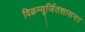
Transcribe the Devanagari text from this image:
विक्रम्यूर्जितशासनः।